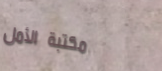
مكتبة الأمل